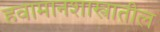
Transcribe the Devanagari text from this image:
हवामानशास्त्रातील